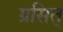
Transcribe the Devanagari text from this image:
ग्रसित्